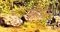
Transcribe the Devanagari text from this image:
बाईनें